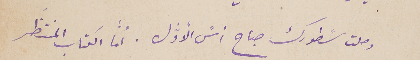
وصلت سًطورك صباح امسً الأوﱣل. أمّا الكتاب المنتظَر